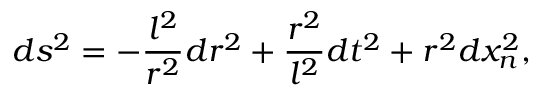
d s ^ { 2 } = - \frac { l ^ { 2 } } { r ^ { 2 } } d r ^ { 2 } + \frac { r ^ { 2 } } { l ^ { 2 } } d t ^ { 2 } + r ^ { 2 } d x _ { n } ^ { 2 } ,